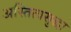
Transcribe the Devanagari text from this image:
अस्तित्वसुद्धा